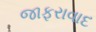
જાફરાવાદ